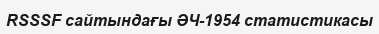
RSSSF сайтындағы ӘЧ-1954 статистикасы